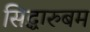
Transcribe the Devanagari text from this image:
सिद्धारुबम